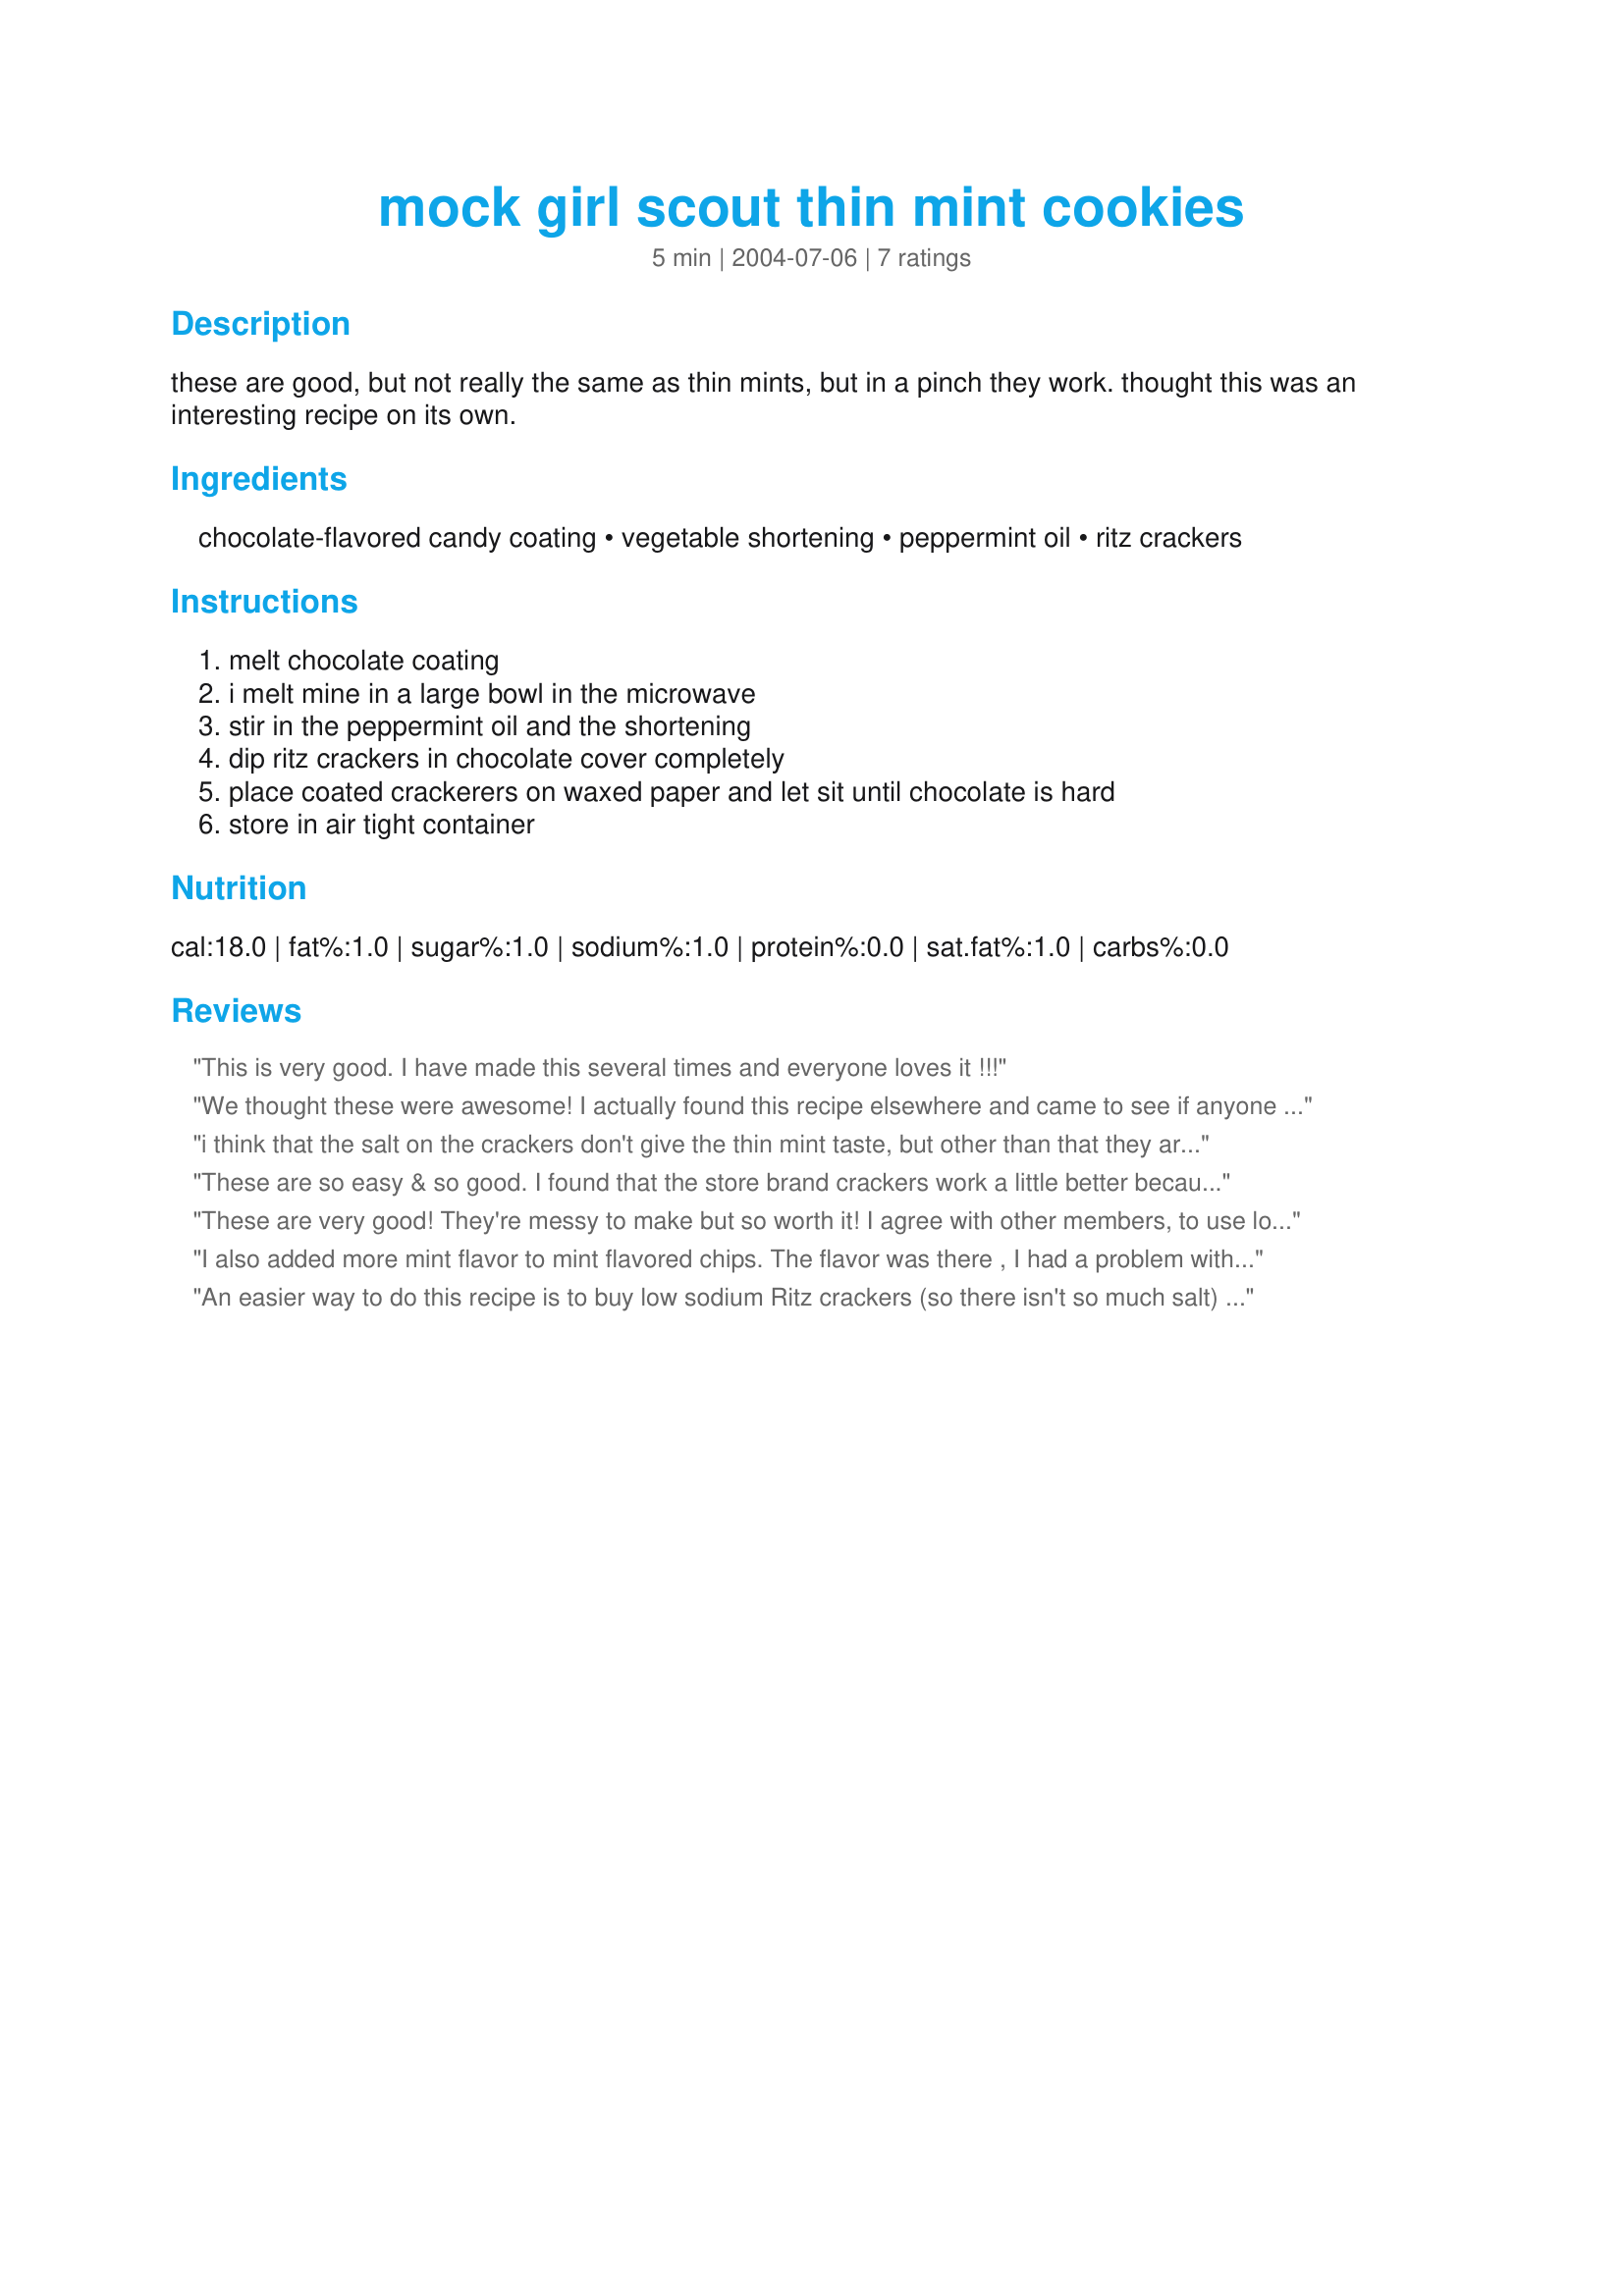
mock girl scout thin mint cookies
Preparation time: 5 minutes

these are good, but not really the same as thin mints, but in a pinch they work. thought this was an interesting recipe on its own.

Ingredients:
chocolate-flavored candy coating, vegetable shortening, peppermint oil, ritz crackers

Steps:
melt chocolate coating, i melt mine in a large bowl in the microwave, stir in the peppermint oil and the shortening, dip ritz crackers in chocolate cover completely, place coated crackerers on waxed paper and let sit until chocolate is hard, store in air tight container

Reviews:
This is very good. I have made this several times and everyone loves it !!!
We thought these were awesome! I actually found this recipe elsewhere and came to see if anyone had posted. They are absolutely delish! I used a 1/2 tsp peppermint extract instead of peppermint oil. We liked that little bit of saltiness the crackers added. I will be making these again. Next time though I might try 1/2 Tbsp of crisco - just because I never use crisco. I had to go out and buy a small can as it is not something we keep in the house. We store them in the freezer and eat them right out of the freezer. The fridge might be good too if you don't like them frozen.
i think that the salt on the crackers don't give the thin mint taste, but other than that they are good!
These are so easy & so good. I found that the store brand crackers work a little better because they aren't so salty.
These are very good! They're messy to make but so worth it! I agree with other members, to use low salt crackers! And I love the Andes candy idea too! I'll have to try that! I added my photo!
I also added more mint flavor to mint flavored chips. The flavor was there , I had a problem with the crispness
An easier way to do this recipe is to buy low sodium Ritz crackers (so there isn't so much salt) and Andes mint chocolate pieces--you can find these where you'd find chocolate chips. Melt the chips in a glass bowl in the microwave and stir until all pieces are melted. Dip the crackers in, place on parchment paper (I spray with a little Pam) and you have cookies that I think are BETTER than the favorite girl scout version.
